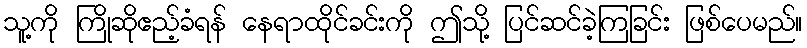
သူ့ကို ကြိုဆိုဧည့်ခံရန် နေရာထိုင်ခင်းကို ဤသို့ ပြင်ဆင်ခဲ့ကြခြင်း ဖြစ်ပေမည်။